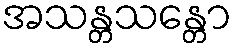
အသန္တသန္တော